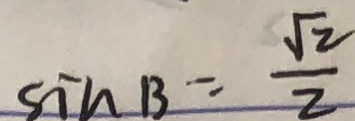
\sin B = \frac { \sqrt { 2 } } { 2 }